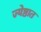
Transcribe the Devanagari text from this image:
ज्येष्ठात